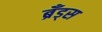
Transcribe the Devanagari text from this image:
ब्रॅंड्स